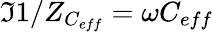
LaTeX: \Im{1/Z_{C_{eff}}}=\omega C_{eff}